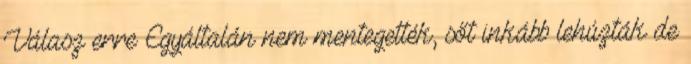
Válasz erre Egyáltalán nem mentegették, sőt inkább lehúzták de